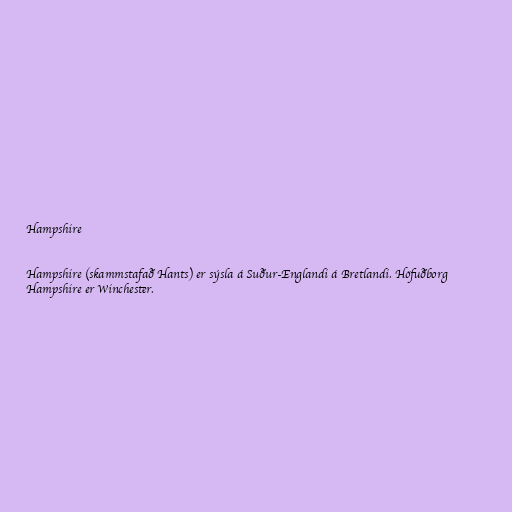
Hampshire

Hampshire (skammstafað Hants) er sýsla á Suður-Englandi á Bretlandi. Höfuðborg
Hampshire er Winchester.